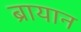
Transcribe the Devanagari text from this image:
ब्रायान